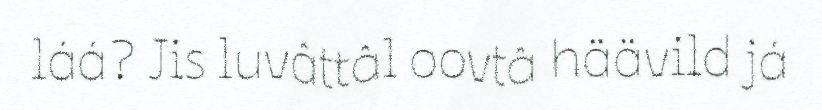
láá? Jis luvâttâl oovtâ häävild já